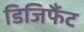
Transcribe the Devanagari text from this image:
डिजिफैंट